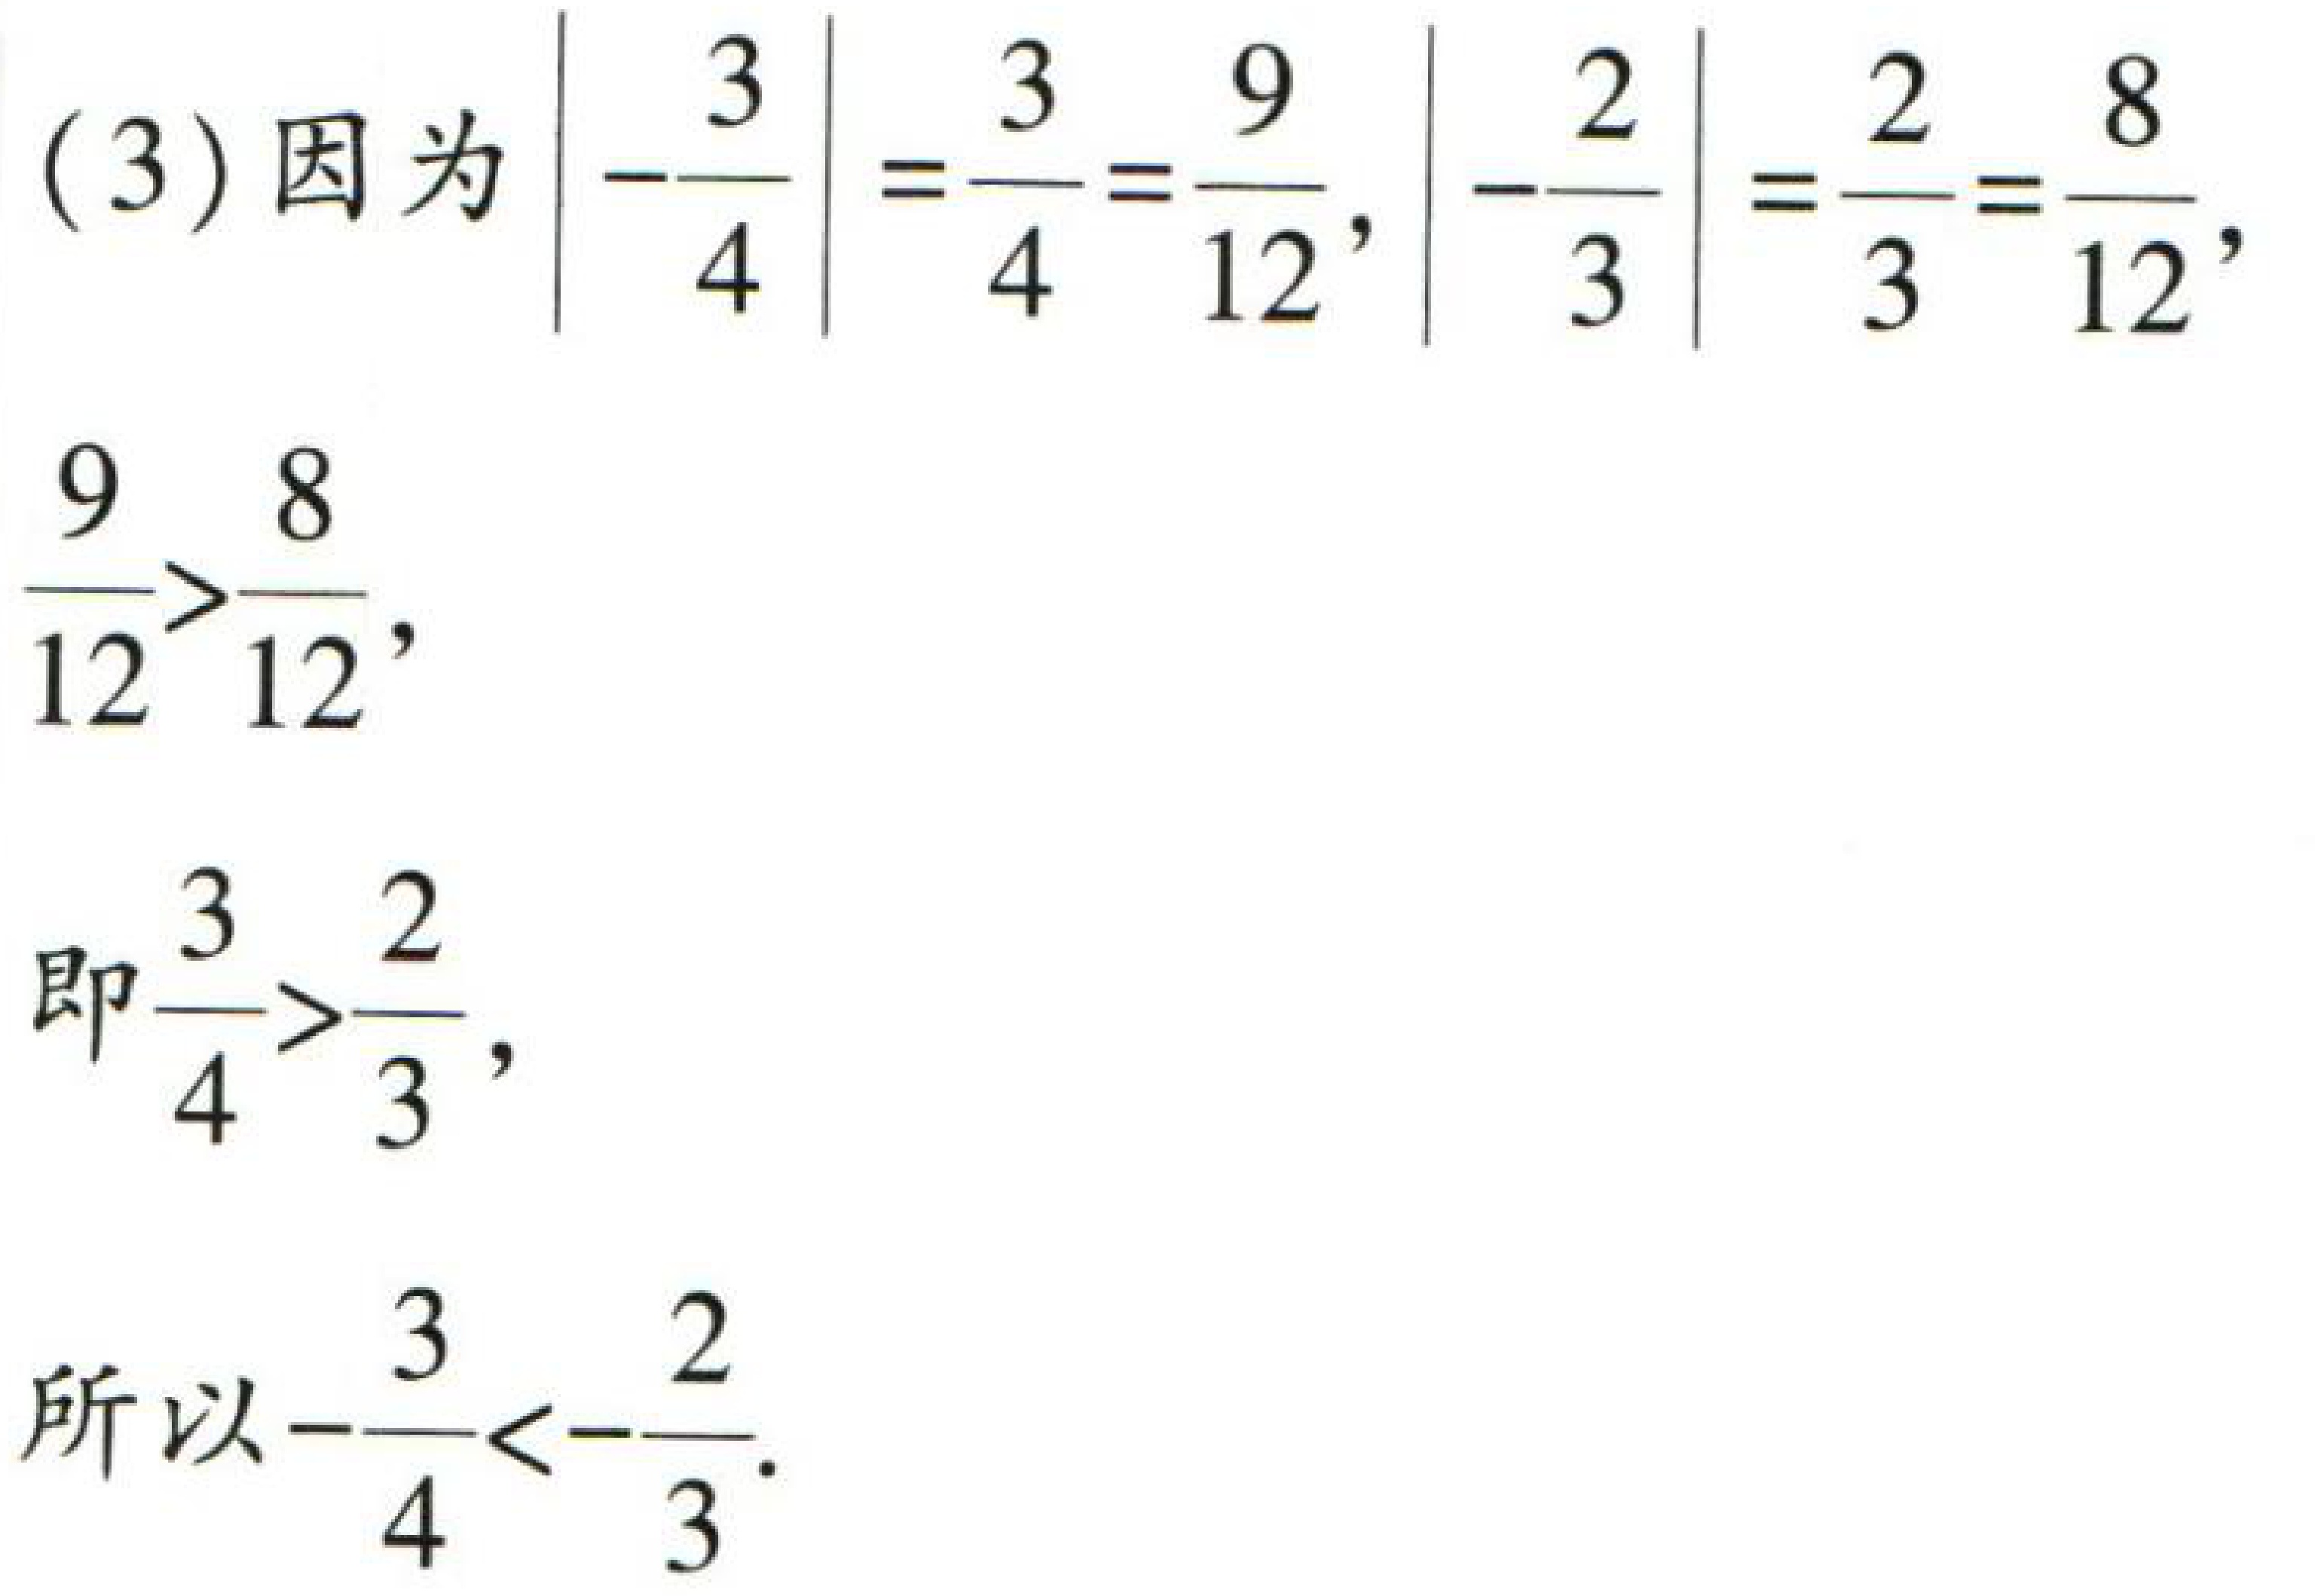
(3) 因为$\left|-\frac{3}{4}\right|=\frac{3}{4}=\frac{9}{12}$, $\left|-\frac{2}{3}\right|=\frac{2}{3}=\frac{8}{12}$,
$\frac{9}{12}>\frac{8}{12}$,
即$\frac{3}{4}>\frac{2}{3}$,
所以$-\frac{3}{4}<-\frac{2}{3}$.